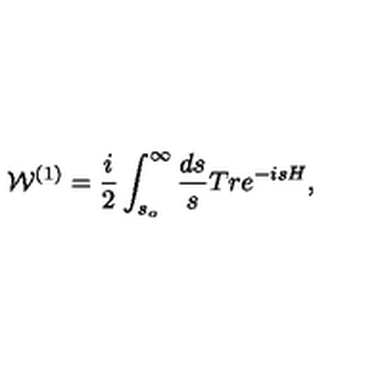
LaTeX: { \cal W } ^ { ( 1 ) } = { \frac { i } { 2 } } \int _ { s _ { o } } ^ { \infty } { \frac { d s } { s } } T r e ^ { - i s H } ,